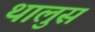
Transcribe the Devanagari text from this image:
थालुस